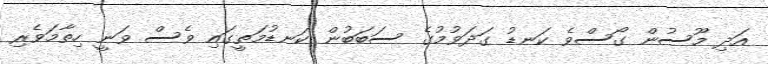
އަދި މޫސުން ގޯސްވެ ކަނޑު ގަދަވުމުގެ ސަބަބުން ކަނޑުމަތީގައި ވެސް ވަނީ ހިތާމަވެރި